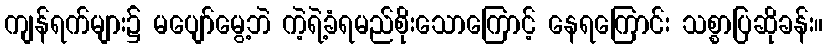
ကျန်ရက်များ၌ မပျော်မွေ့ဘဲ ကဲ့ရဲ့ခံရမည်စိုးသောကြောင့် နေရကြောင်း သစ္စာပြဆိုခန်း။